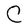
Character: C